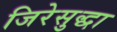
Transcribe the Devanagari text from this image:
जिरेसुद्धा